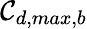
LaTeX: \mathcal{C}_{d,max,b}